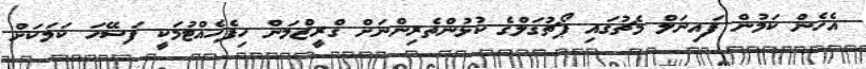
އެހެން ކަމުން ފައިނަލް މެޗުގައި ޕޯޗުގަލްގެ ކުޅުންތެރިންނަށް ގްރީޒްމަން ހިފެހެއްޓުމަކީ ފަސޭހަ ކަމަކަށް